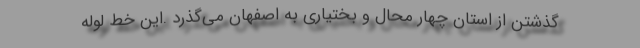
گذشتن از استان چهار محال و بختیاری به اصفهان می‌گذرد .این خط لوله